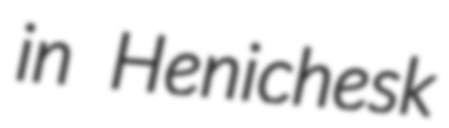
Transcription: in Henichesk